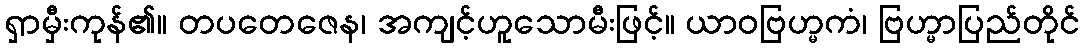
ရှာမှီးကုန်၏။ တပတေဇေန၊ အကျင့်ဟူသောမီးဖြင့်။ ယာဝဗြဟ္မကံ၊ ဗြဟ္မာပြည်တိုင်